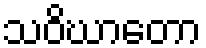
သဝိဃာတော